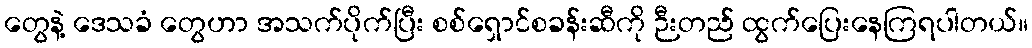
တွေနဲ့ ဒေသခံ တွေဟာ အသက်ပိုက်ပြီး စစ်ရှောင်စခန်းဆီကို ဉီးတည် ထွက်ပြေးနေကြရပါတယ်။